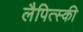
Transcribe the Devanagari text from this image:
लैपित्स्की